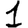
Digit: 1